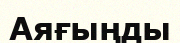
Аяғыңды